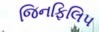
જિનફિલિપ